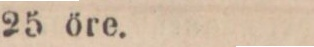
25. öre.